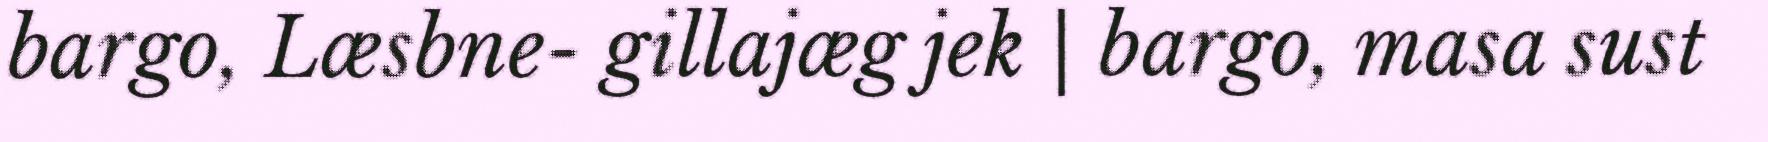
bargo, Læsbne- gillajæg jek | bargo, masa sust